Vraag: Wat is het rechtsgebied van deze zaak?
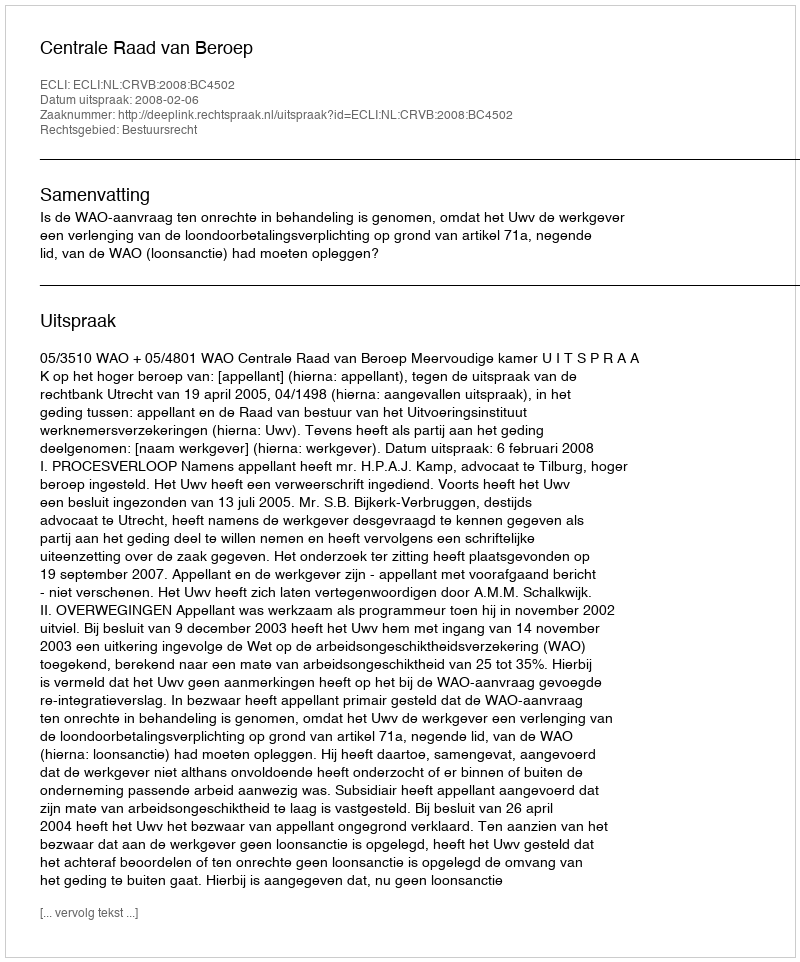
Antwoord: Bestuursrecht